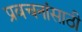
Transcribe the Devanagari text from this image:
प्रवचनांसाठी